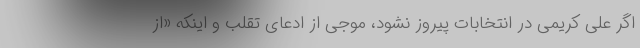
اگر علی کریمی در انتخابات پیروز نشود، موجی از ادعای تقلب و اینکه «از